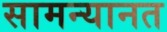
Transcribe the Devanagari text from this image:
सामन्यानत